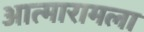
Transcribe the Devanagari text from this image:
आत्मारामला